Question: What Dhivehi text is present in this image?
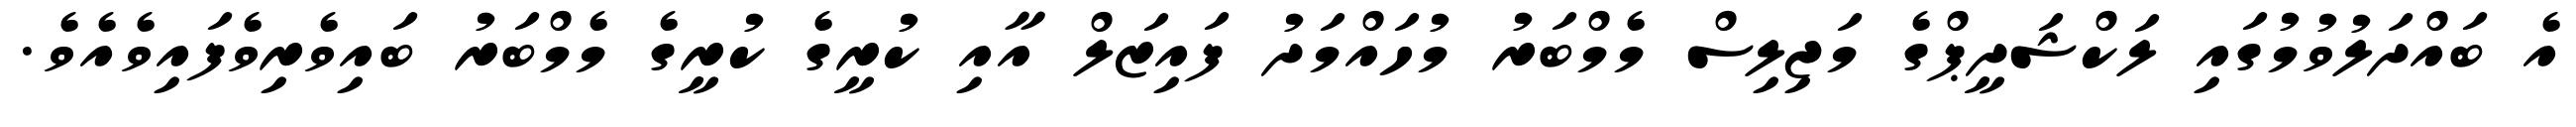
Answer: އެ ބައްދަލުވުމުގައި ލަކްޝަދީޕްގެ މަޖިލިސް މެމްބަރު މުހައްމަދު ފައިޒަލް އާއި ކުރީގެ ކުރީގެ މެމްބަރު ބައިވެރިވެފައިވެއެވެ.